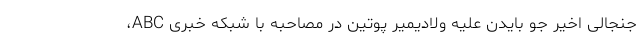
جنجالی اخیر جو بایدن علیه ولادیمیر پوتین در مصاحبه با شبکه خبری ABC،